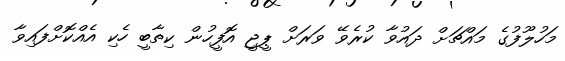
މަހުލޫފުގެ މައްޗަށް ދައުވާ ކުރެވޭ ވަރަށް ޕީޖީ އޮފީހުން ކިތާބީ ހެކި އެއްކޮށްފައިވާ